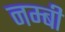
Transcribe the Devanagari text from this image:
नम्बी